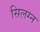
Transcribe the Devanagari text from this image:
सिलग्न